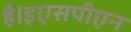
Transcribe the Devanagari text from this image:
है।इएसपीएन